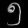
Digit: ၅